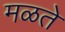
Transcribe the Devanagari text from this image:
मळते